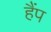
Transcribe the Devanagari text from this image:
हैंप